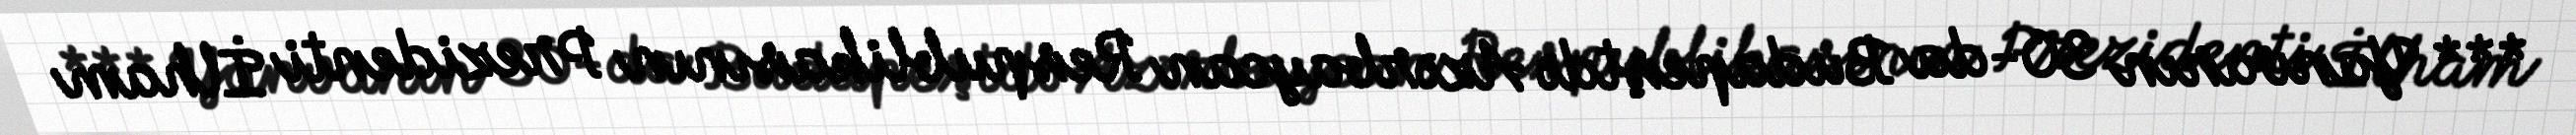
*** Yanvarın 30-da Budapeştdə Azərbaycan Respublikasının Prezidenti İlham